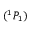
( ^ { 1 } P _ { 1 } )